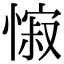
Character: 𢠭